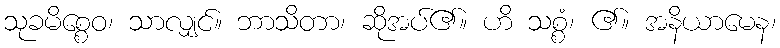
သုခမိစ္စေဝ၊ သာလျှင်။ ဘာသိတာ၊ ဆိုအပ်၏။ ဟိ သစ္စံ၊ ၏။ အနိယာမေန၊